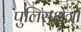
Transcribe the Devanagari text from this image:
पुलिसक्षेत्रों